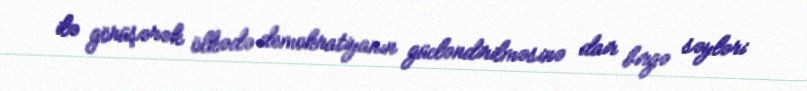
ilə görüşərək ölkədə demokratiyanın gücləndirilməsinə dair birgə səyləri